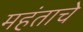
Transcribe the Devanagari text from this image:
महंताचे